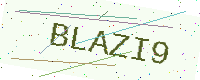
Text: BLAZI9